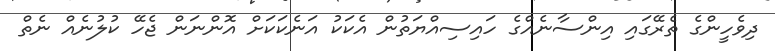
ދިވެހީންގެ ތެރޭގައި އިންސާނެއްގެ ހައިސިއްޔަތުން އެކަކު އަނެކަކަށް އޮންނަން ޖެހޭ ކުލުނެއް ނެތް